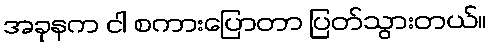
အခုနက ငါ စကားပြောတာ ပြတ်သွားတယ်။